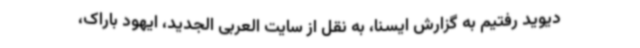
دیوید رفتیم به گزارش ایسنا، به نقل از سایت العربی الجدید، ایهود باراک،